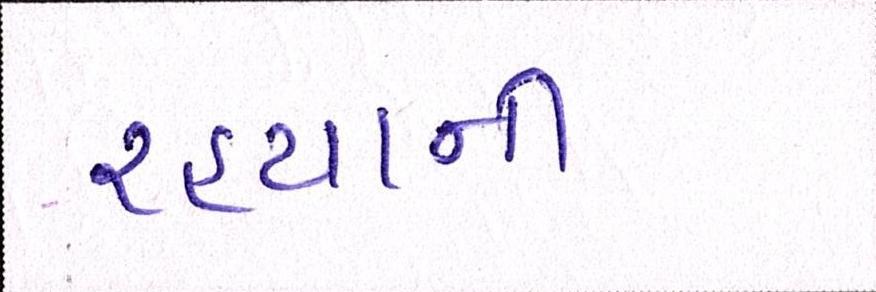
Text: રહ્યાની